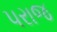
પરાજ